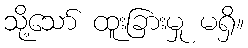
သို့သော် ထူးခြားမှု မရှိ။